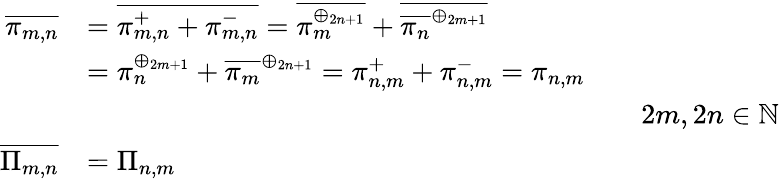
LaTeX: {\begin{array}{rlrl}{{\overline{{\pi_{m,n}}}}}&{={\overline{{\pi_{m,n}^{+}+\pi_{m,n}^{-}}}}={\overline{{\pi_{m}^{\oplus_{2n+1}}}}}+{\overline{{{\overline{{\pi_{n}}}}^{\oplus_{2m+1}}}}}}\\ &{=\pi_{n}^{\oplus_{2m+1}}+{\overline{{\pi_{m}}}}^{\oplus_{2n+1}}=\pi_{n,m}^{+}+\pi_{n,m}^{-}=\pi_{n,m}}\\ &{}&&{2m,2n\in\mathbb{N}}\\ {{\overline{{\Pi_{m,n}}}}}&{=\Pi_{n,m}}\end{array}}